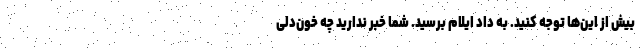
بیش از این‌ها توجه کنید. به داد ایلام برسید. شما خبر ندارید چه خون‌دلی